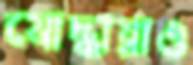
যোদ্ধারাও